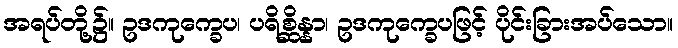
အရပ်တို့၌။ ဥဒကုက္ခေပ၊ ပရိစ္ဆိန္နာ၊ ဥဒကုက္ခေပဖြင့် ပိုင်းခြားအပ်သော။